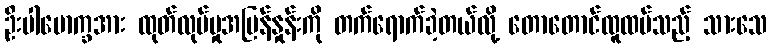
ဦးပါမောက္ခအား ထုတ်လုပ်မှုအမြန်နှုန်းကို တက်ရောက်ခဲ့တယ်လို့ တောတောင်ထူထပ်သည့် သားသေ